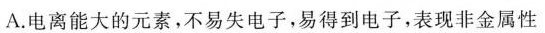
A.电离能大的元素，不易失电子，易得到电子，表现非金属性